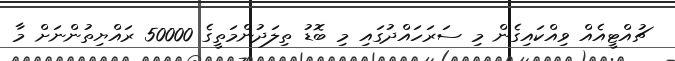
ޗުއްޓީއެއް ވިއްކައިގެން މި ސަރަހައްދުގައި މި ބޮޑު ތިލަދުންމަތީގެ 50000 ރައްޔިތުންނަށް މާ